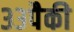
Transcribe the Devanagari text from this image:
३३पैकी